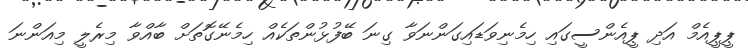
ޕީޕީއެމް އަދި ޕީއެންސީގައި ހިމެނިވަޑައިގަންނަވާ ގިނަ ބޭފުޅުންތަކެއް ހިމެނޭގޮތަށް ބާއްވާ މިރެލީ މިއަންނަ